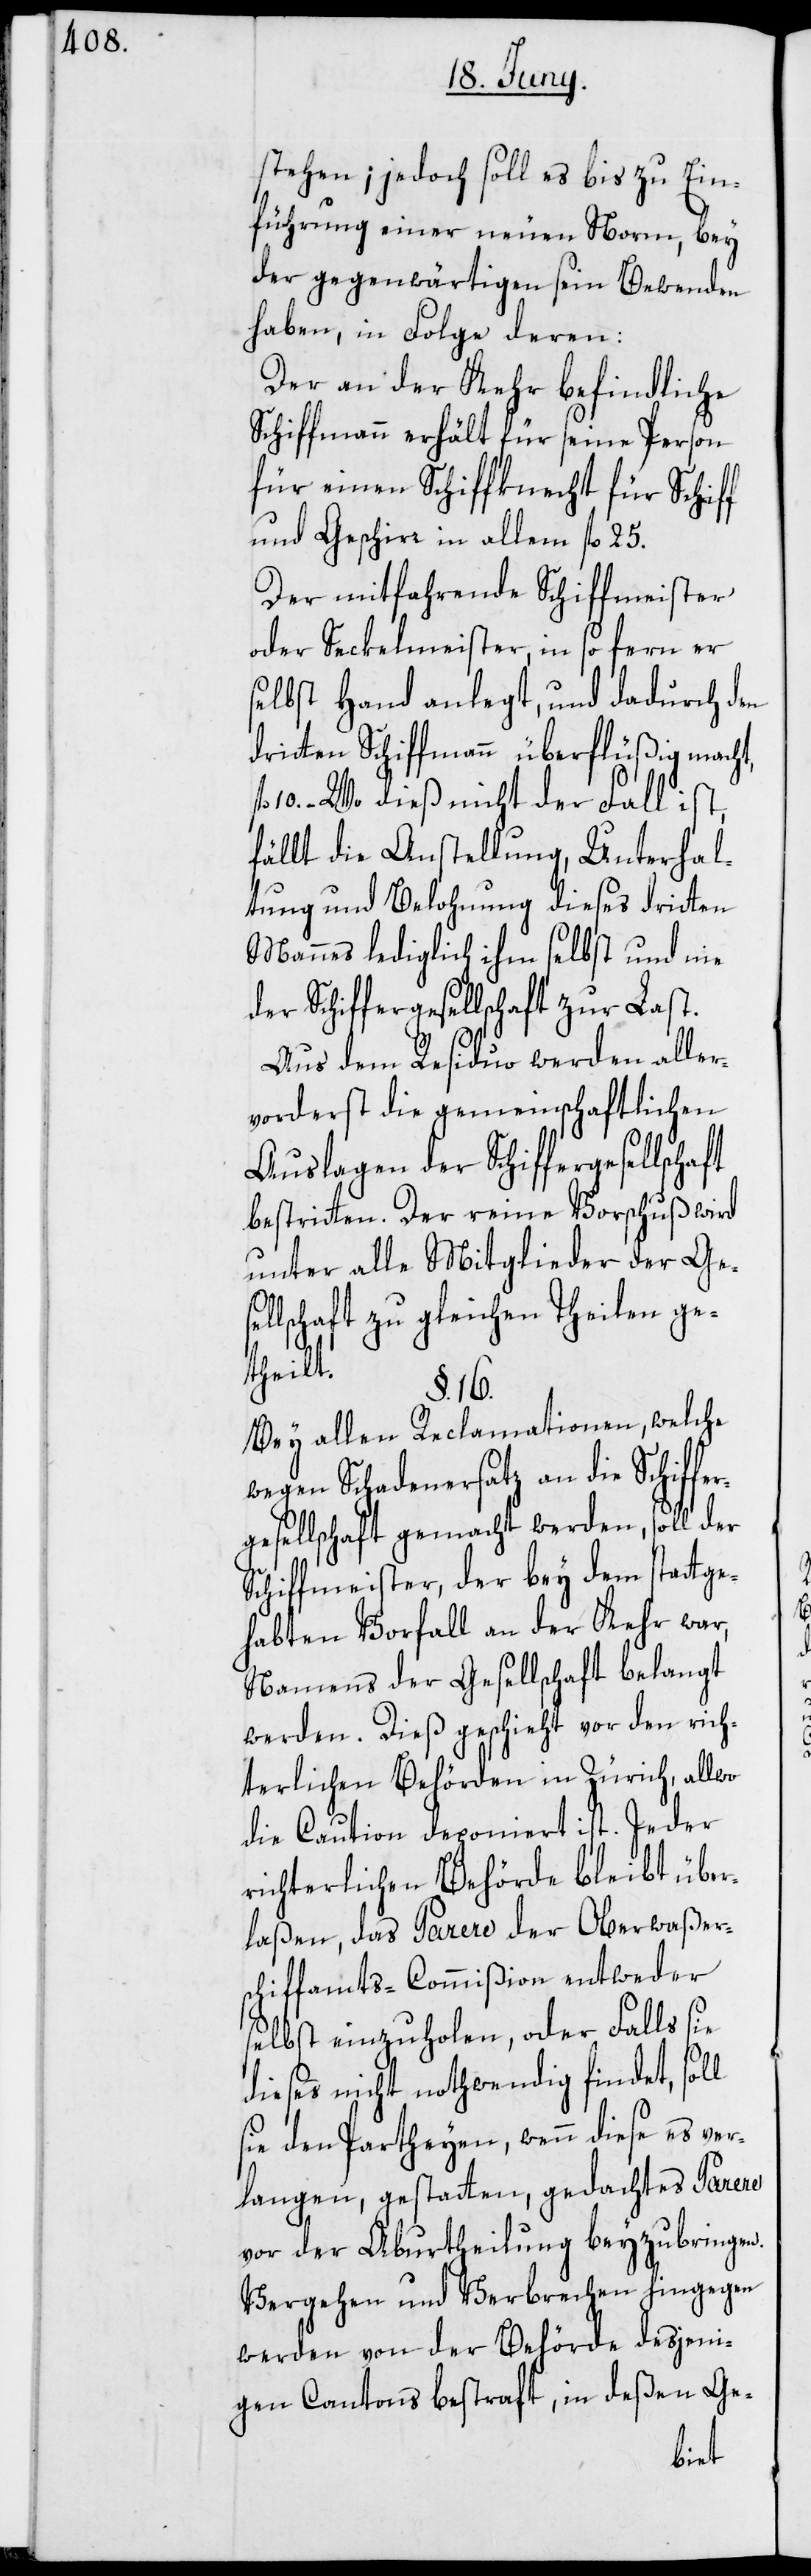
stehen; jedoch soll es bis zu Ein¬
führung einer neuen Norm, bey
der gegenwärtigen sein Bewenden
haben, in Folge deren:
Der an der Kehr befindliche
Schiffmann erhält für seine Person
für einen Schiffknecht für Schiff
und Geschirr in allem fl 25.
Der mitfahrende Schiffmeister
oder Seckelmeister, in so fern er
selbst Hand anlegt, und dadurch den
dritten Schiffmann überflüßig macht,
fl 10. – Wo dieß nicht der Fall ist,
fällt die Anstellung, Unterhal¬
tung und Belohnung dieses dritten
Mannes lediglich ihm selbst und nie
der Schiffergesellschaft zur Last.
Aus dem Residuo werden aller¬
vorderst die gemeinschaftlichen
Auslagen der Schiffergesellschaft
bestritten. Der reine Vorschuß wird
unter alle Mitglieder der Gese¬
llschaft zu gleichen Theilen ge¬
theilt.
§. 16.
Bey allen Reclamationen, welche
wegen Schadenersatz an die Schiffe¬
rgesellschaft gemacht werden, soll der
Schiffmeister, der bey dem stattge¬
habten Vorfall an der Kehr war,
Namens der Gesellschaft belangt
werden. Dieß geschieht vor den rich¬
terlichen Behörden in Zürich, allwo
die Caution deponiert ist. Jeder
richterlichen Behörde bleibt über¬
laßen, das Parere der Oberwaßer¬
schiffamts-Commißion entweder
selbst einzuholen, oder Falls sie
dieses nicht nothwendig findet, soll
sie den Partheyen, wenn diese es ver¬
langen, gestatten, gedachtes Parere
vor der Aburtheilung beyzubringen.
Vergehen und Verbrechen hingegen
werden von der Behörde desjeni¬
gen Cantons bestraft, in deßen Ge-